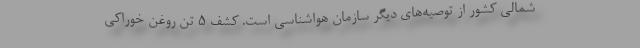
شمالی کشور از توصیه‌های دیگر سازمان هواشناسی است. کشف 5 تن روغن خوراکی